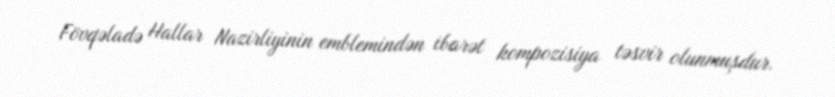
Fövqəladə Hallar Nazirliyinin emblemindən ibarət kompozisiya təsvir olunmuşdur.